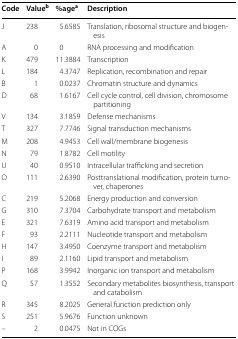
<table><thead><tr><td><b>Code</b></td><td><b>Value<sup>b</sup></b></td><td><b>%age<sup>a</sup></b></td><td><b>Description</b></td></tr></thead><tbody><tr><td>J</td><td>238</td><td>5.6585</td><td>Translation, ribosomal structure and biogenesis</td></tr><tr><td>A</td><td>0</td><td>0</td><td>RNA processing and modification</td></tr><tr><td>K</td><td>479</td><td>11.3884</td><td>Transcription</td></tr><tr><td>L</td><td>184</td><td>4.3747</td><td>Replication, recombination and repair</td></tr><tr><td>B</td><td>1</td><td>0.0237</td><td>Chromatin structure and dynamics</td></tr><tr><td>D</td><td>68</td><td>1.6167</td><td>Cell cycle control, cell division, chromosome partitioning</td></tr><tr><td>V</td><td>134</td><td>3.1859</td><td>Defense mechanisms</td></tr><tr><td>T</td><td>327</td><td>7.7746</td><td>Signal transduction mechanisms</td></tr><tr><td>M</td><td>208</td><td>4.9453</td><td>Cell wall/membrane biogenesis</td></tr><tr><td>N</td><td>79</td><td>1.8782</td><td>Cell motility</td></tr><tr><td>U</td><td>40</td><td>0.9510</td><td>Intracellular trafficking and secretion</td></tr><tr><td>O</td><td>111</td><td>2.6390</td><td>Posttranslational modification, protein turnover, chaperones</td></tr><tr><td>C</td><td>219</td><td>5.2068</td><td>Energy production and conversion</td></tr><tr><td>G</td><td>310</td><td>7.3704</td><td>Carbohydrate transport and metabolism</td></tr><tr><td>E</td><td>321</td><td>7.6319</td><td>Amino acid transport and metabolism</td></tr><tr><td>F</td><td>93</td><td>2.2111</td><td>Nucleotide transport and metabolism</td></tr><tr><td>H</td><td>147</td><td>3.4950</td><td>Coenzyme transport and metabolism</td></tr><tr><td>I</td><td>89</td><td>2.1160</td><td>Lipid transport and metabolism</td></tr><tr><td>P</td><td>168</td><td>3.9942</td><td>Inorganic ion transport and metabolism</td></tr><tr><td>Q</td><td>57</td><td>1.3552</td><td>Secondary metabolites biosynthesis, transport and catabolism</td></tr><tr><td>R</td><td>345</td><td>8.2025</td><td>General function prediction only</td></tr><tr><td>S</td><td>251</td><td>5.9676</td><td>Function unknown</td></tr><tr><td>–</td><td>2</td><td>0.0475</td><td>Not in COGs</td></tr></tbody></table>